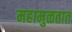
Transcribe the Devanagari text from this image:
महामुळतात